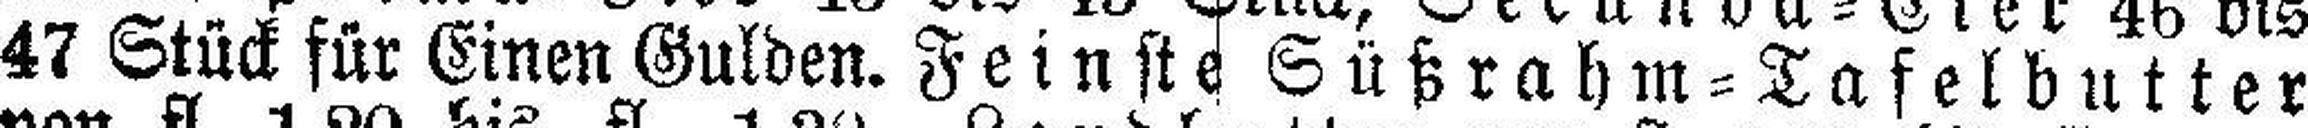
47 Stück für Einen Gulden. Feinste Süßrahm=Tafelbutter